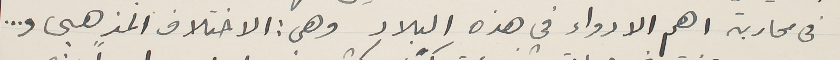
في محاربة اهم الادواء في هذه البلاد وهى : الاختلاف المذهبى و ...